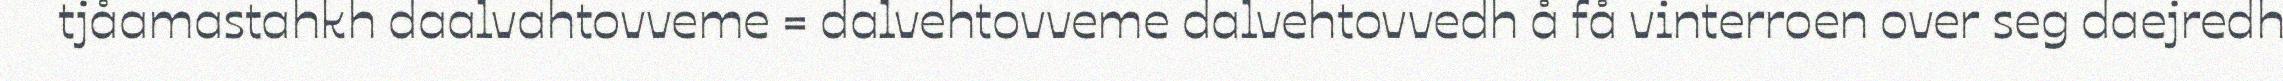
tjåamastahkh daalvahtovveme = dalvehtovveme dalvehtovvedh å få vinterroen over seg daejredh